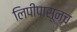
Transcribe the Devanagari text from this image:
लिपीपासूनच